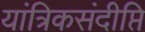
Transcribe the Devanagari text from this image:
यांत्रिकसंदीप्ति